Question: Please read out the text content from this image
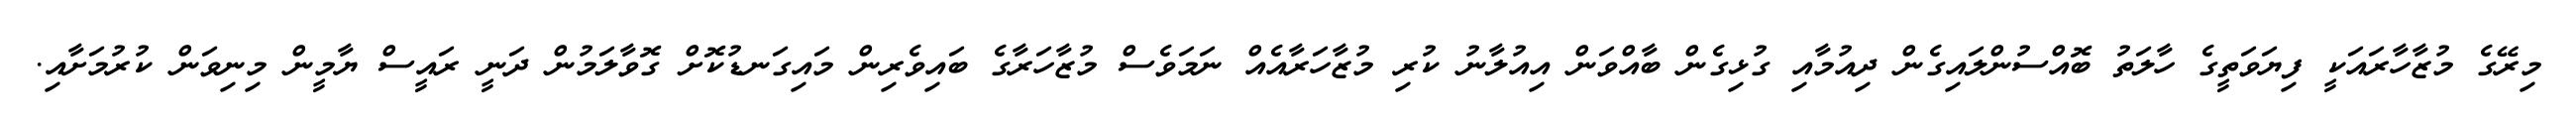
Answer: މިރޭގެ މުޒާހާރައަކީ ފިޔަވަތީގެ ހާލަތު ބޮއްސުންލައިގެން ދިއުމާއި ގުޅިގެން ބާއްވަން އިއުލާނު ކުރި މުޒާހަރާއެއް ނަމަވެސް މުޒާހަރާގެ ބައިވެރިން މައިގަނޑުކޮށް ގޮވާލަމުން ދަނީ ރައީސް ޔާމީން މިނިވަން ކުރުމަށާއި.